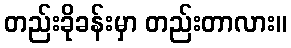
တည်းခိုခန်းမှာ တည်းတာလား။